Annual report of the Prince of Wales Medical College, Patna
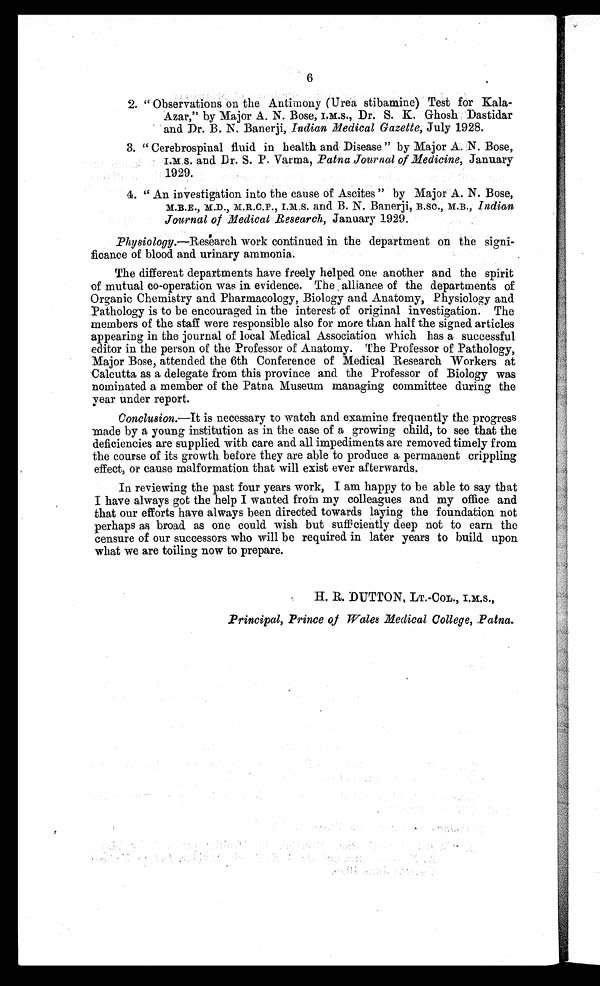
6
2. “ Observations on the Antimony (Urea stibamine) Test for Kala--
Azar,” by Major A. N. Bose, I.M.S., D r . S . K . G h o s h D a s t i d a r
and Dr. B. N. Banerji, Indian Medical Gazette, July 1928.
3 . “ C e r e b r o s p i n a l f l u i d i n h e a l t h a n d D i s e a s e ” b y M a j o r A . N . B o s e ,
I.M.S. and Dr. S. P. Varma, Patna Journal of Medicine, January
1929.
4 . “ A n i n v e s t i g a t i o n i n t o t h e c a u s e o f A s c i t e s ” b y M a j o r A . N . B o s e ,
M.B.E., M.D., M.R.C.P., I.M.S. and B. N. Banerj i , B.sc., M.B., Indi an
Journal of Medical Research, January 1929.
Physiology.—Research work continued in the department on the signi
-ficance of blood and urinary ammonia.
The different departments have freely helped one another and the spirit
of mutual co-operation was in evidence. The alliance of the departments of
Organic Chemistry and Pharmacology, Biology and Anatomy, Physiology and
Pathology is to be encouraged in the interest of original investigation. The
members of the staff were responsible also for more than half the signed articles
appearing in the journal of local Medical Association which has a successful
editor in the person of the Professor of Anatomy. The Professor of Pathology,
Major Bose, attended the 6th Conference of Medical Research Workers at
Calcutta as a delegate from this province and the Professor of Biology was
nominated a member of the Patna Museum managing committee during the
year under report.
Conclusion.—It is necessary to watch and examine frequently the progress
made by a young institution as in the case of a growing child, to see that the
deficiencies are supplied with care and all impediments are removed timely from
the course of its growth before they are able to produce a permanent crippling
effect, or cause malformation that will exist ever afterwards.
In reviewing the past four years work, I am happy to be able to say that
I have always got the help I wanted from my colleagues and my office and
that our efforts have always been directed towards laying the foundation not
perhaps as broad as one could wish but sufficiently deep not to earn the
censure of our successors who will be required in later years to build upon
what we are toiling now to prepare.
H. R. DUTTON, LT.-CoL., I.M.S.,
Principal, Prince of Wales Medical College, Patna.